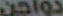
دواجن